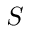
S